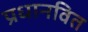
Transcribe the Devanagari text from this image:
प्रधानवित